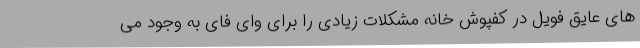
های عایق فویل در کفپوش خانه مشکلات زیادی را برای وای فای به وجود می